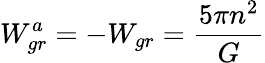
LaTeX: W_{gr}^{a}=-W_{gr}={\frac{5\pi n^{2}}{G}}